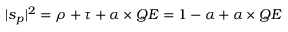
| s _ { p } | ^ { 2 } = \rho + \tau + \alpha \times Q E = 1 - \alpha + \alpha \times Q E